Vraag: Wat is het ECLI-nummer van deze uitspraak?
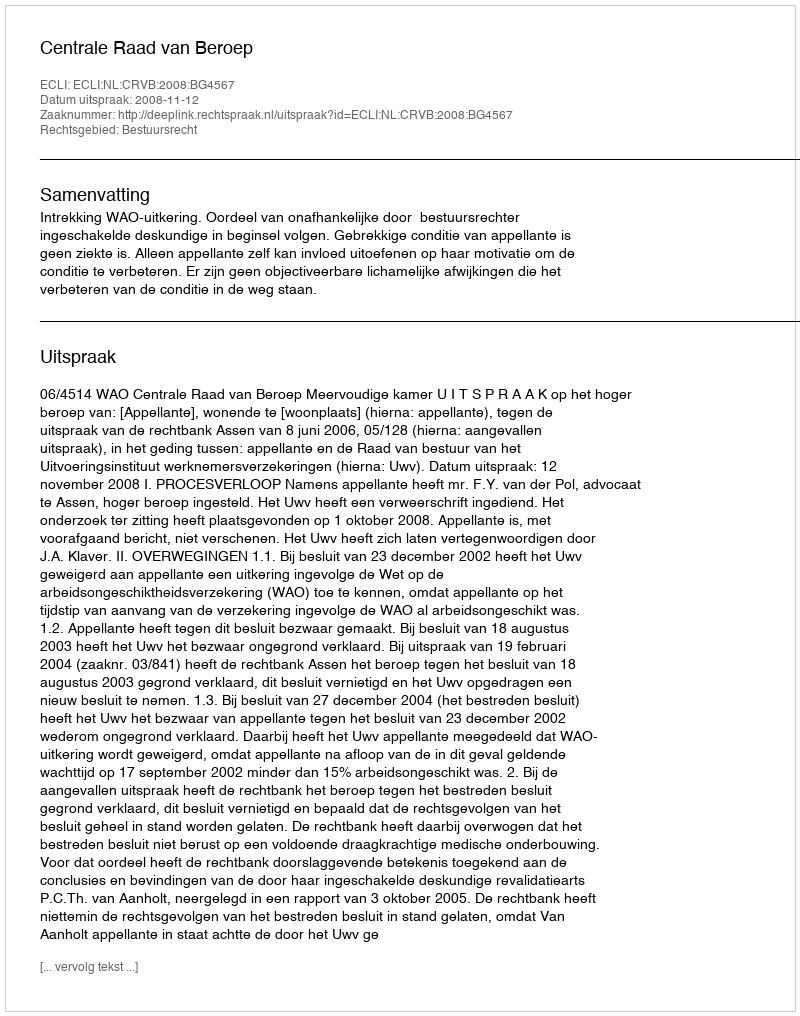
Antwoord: ECLI:NL:CRVB:2008:BG4567